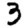
Digit: 3